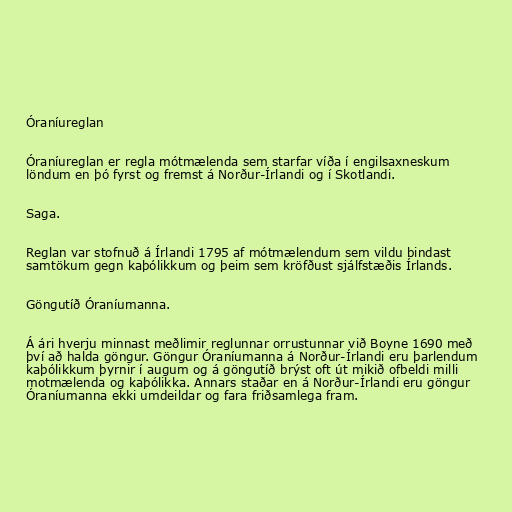
Óraníureglan

Óraníureglan er regla mótmælenda sem starfar víða í engilsaxneskum
löndum en þó fyrst og fremst á Norður-Írlandi og í Skotlandi.

Saga.

Reglan var stofnuð á Írlandi 1795 af mótmælendum sem vildu bindast
samtökum gegn kaþólikkum og þeim sem kröfðust sjálfstæðis Írlands.

Göngutíð Óraníumanna.

Á ári hverju minnast meðlimir reglunnar orrustunnar við Boyne 1690 með
því að halda göngur. Göngur Óraníumanna á Norður-Írlandi eru þarlendum
kaþólikkum þyrnir í augum og á göngutíð brýst oft út mikið ofbeldi milli
motmælenda og kaþólikka. Annars staðar en á Norður-Írlandi eru göngur
Óraníumanna ekki umdeildar og fara friðsamlega fram.